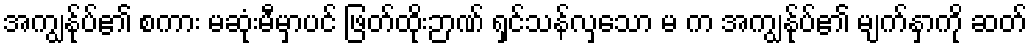
အကျွန်ုပ်၏ စကား မဆုံးမီမှာပင် ဖြတ်ထိုးဉာဏ် ရှင်သန်လှသော မ က အကျွန်ုပ်၏ မျက်နှာကို ဆတ်